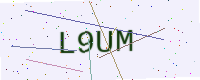
Text: L9UM